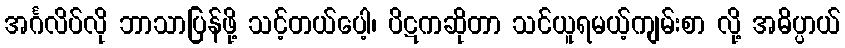
အင်္ဂလိပ်လို ဘာသာပြန်ဖို့ သင့်တယ်ပေါ့၊ ပိဋကဆိုတာ သင်ယူရမယ့်ကျမ်းစာ လို့ အဓိပ္ပာယ်